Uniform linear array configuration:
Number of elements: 32
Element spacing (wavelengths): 1
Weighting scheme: cosine
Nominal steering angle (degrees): -30
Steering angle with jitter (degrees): -30.886
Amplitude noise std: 0.05
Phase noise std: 0.05

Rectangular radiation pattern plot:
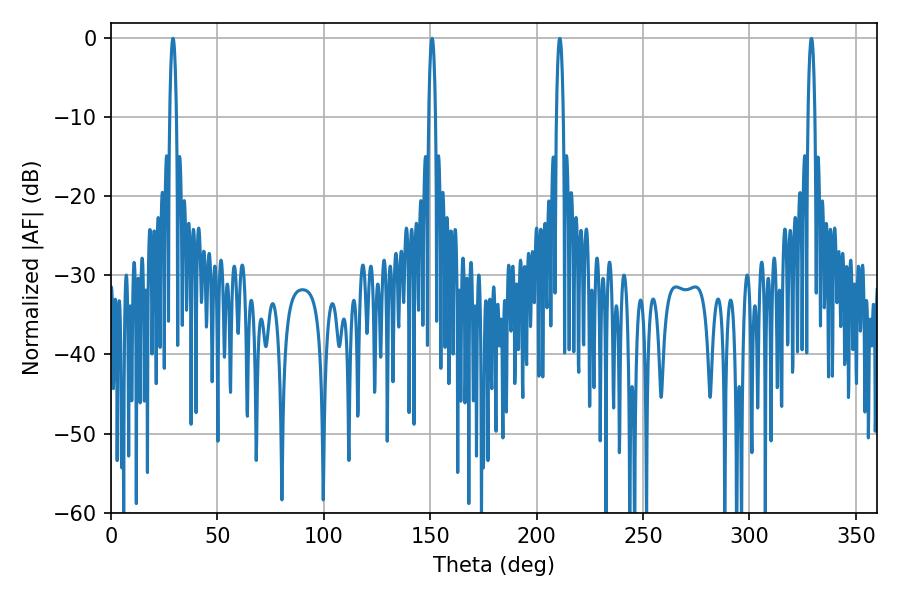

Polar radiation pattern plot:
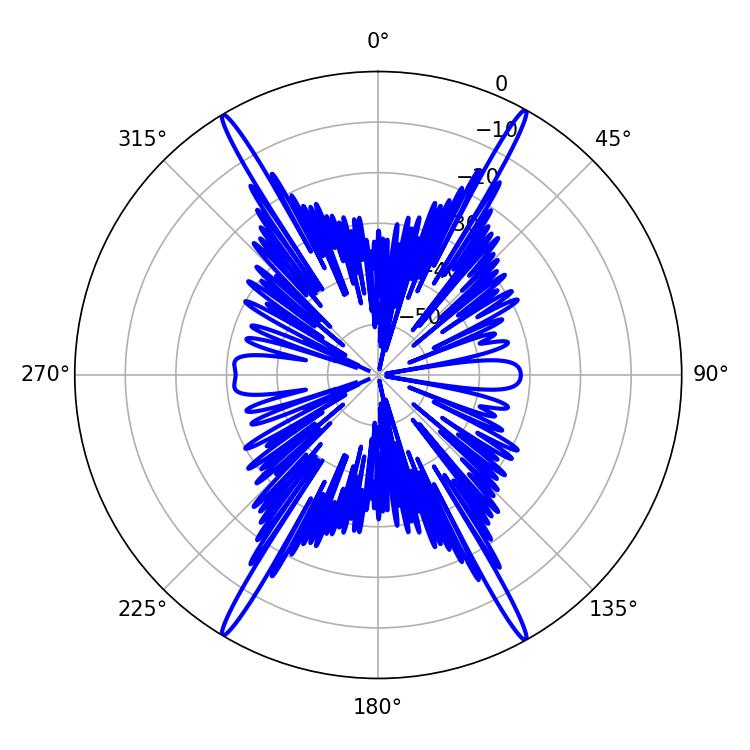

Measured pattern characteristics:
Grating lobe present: TRUE
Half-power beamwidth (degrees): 1.8
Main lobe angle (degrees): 29.16